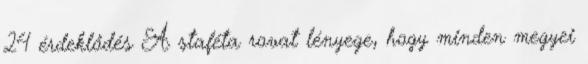
24 érdeklődés A staféta rovat lényege, hogy minden megyei